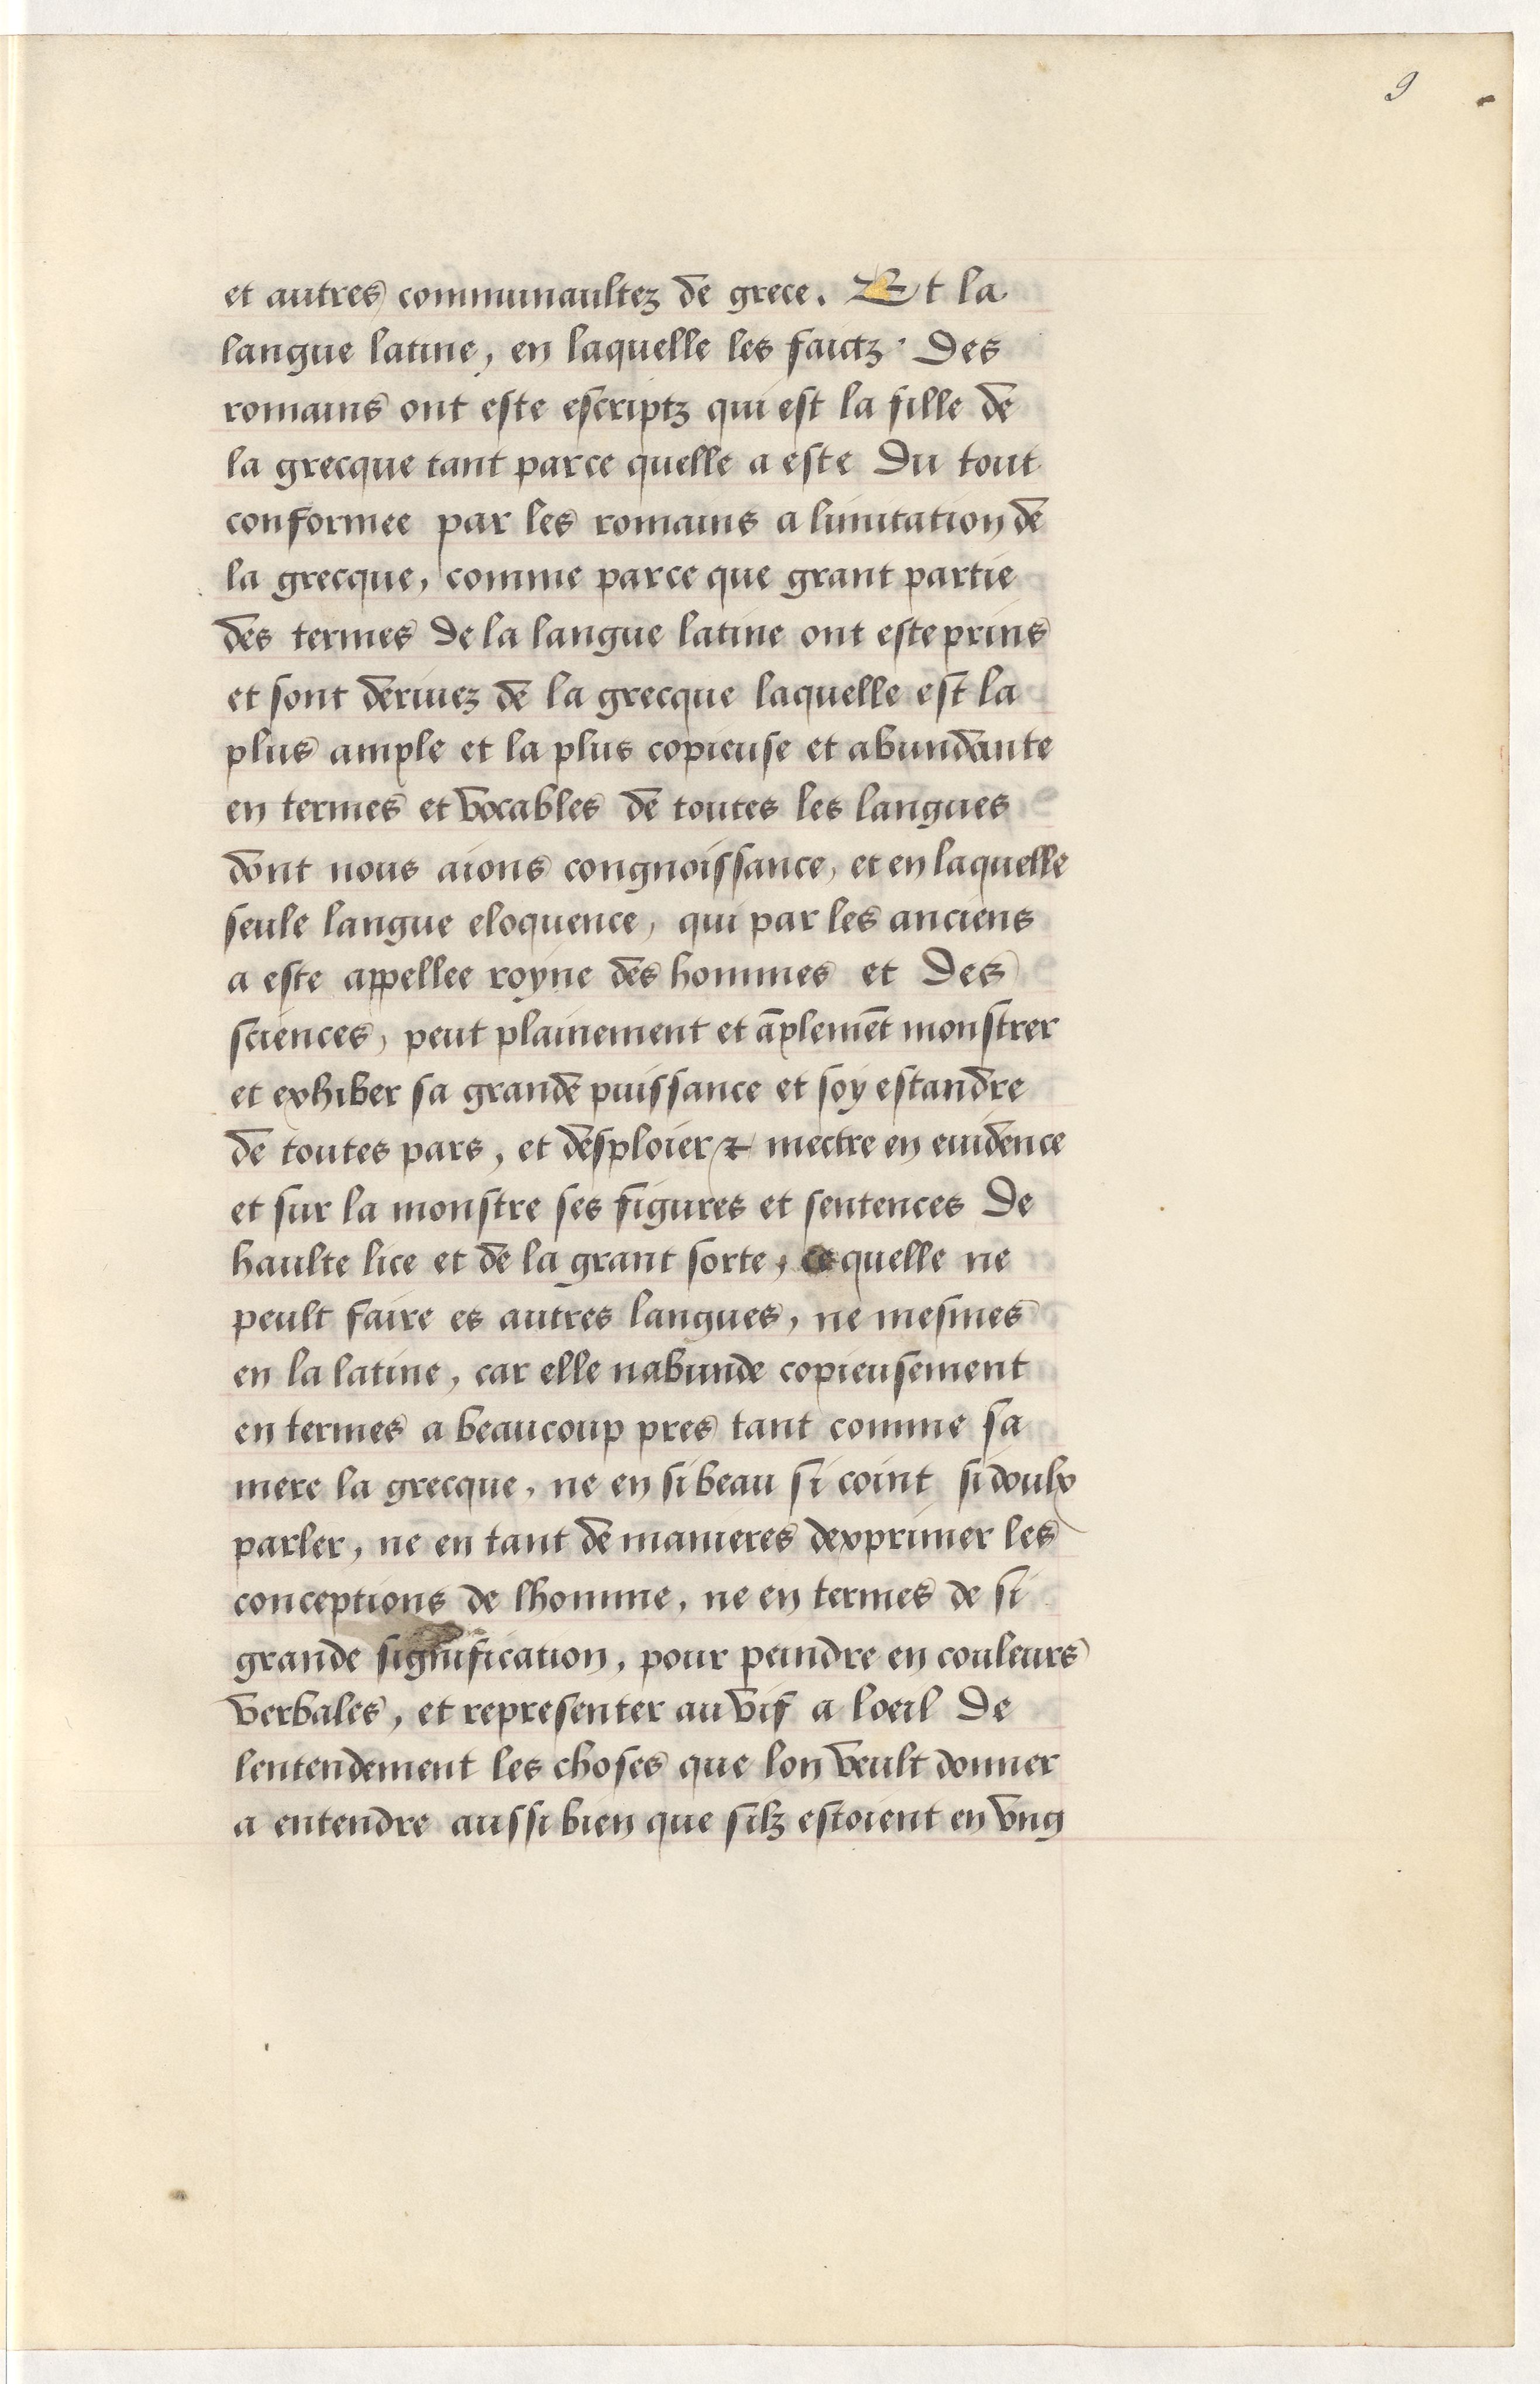
Shelfmark: Paris, BnF, Arsenal, 5103
Century: 15